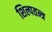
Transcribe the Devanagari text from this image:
शिल्पतन्त्र